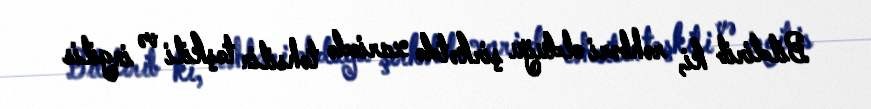
Bildirib ki, rəhbəri olduğu şirkətdə xaricdə təhsilin təşkili və ingilis